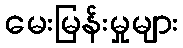
မေးမြန်းမှုများ